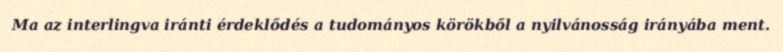
Ma az interlingva iránti érdeklődés a tudományos körökből a nyilvánosság irányába ment.